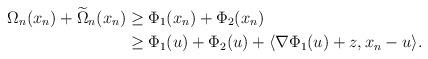
LaTeX: \begin{align*}\Omega_n(x_n)+\widetilde{\Omega}_n(x_n)&\geq \Phi_1(x_n)+\Phi_2(x_n)\\&\geq\Phi_1(u)+\Phi_2(u)+\langle \nabla\Phi_1(u)+z, x_n-u\rangle.\end{align*}